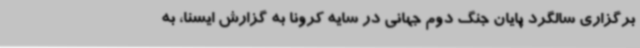
برگزاری سالگرد پایان جنگ دوم جهانی در سایه کرونا به گزارش ایسنا، به